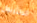
الانتربول